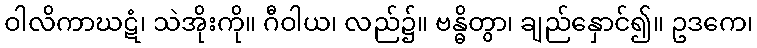
ဝါလိကာဃဋံ၊ သဲအိုးကို။ ဂီဝါယ၊ လည်၌။ ဗန္ဓိတွာ၊ ချည်နှောင်၍။ ဥဒကေ၊